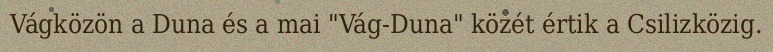
Vágközön a Duna és a mai "Vág-Duna" közét értik a Csilizközig.